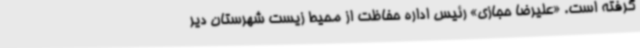
گرفته است. «علیرضا حجازی» رئیس اداره حفاظت از محیط زیست شهرستان دیر